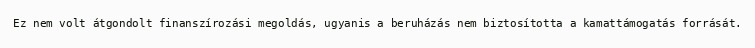
Ez nem volt átgondolt finanszírozási megoldás, ugyanis a beruházás nem biztosította a kamattámogatás forrását.